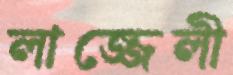
লাজ্জেলী